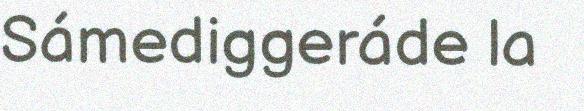
Sámediggeráde la